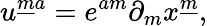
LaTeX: u^{{\underline{{m}}}a}=e^{am}\partial_{m}x^{\underline{{m}}},